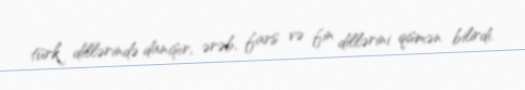
türk dillərində danışır, ərəb, fars və fin dillərini qismən bilirdi.